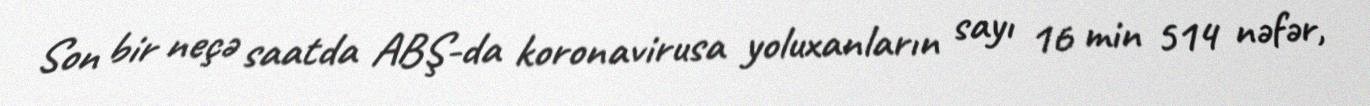
Son bir neçə saatda ABŞ-da koronavirusa yoluxanların sayı 16 min 514 nəfər,